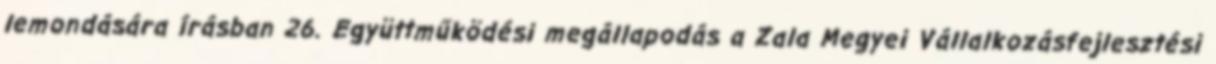
lemondására írásban 26. Együttműködési megállapodás a Zala Megyei Vállalkozásfejlesztési